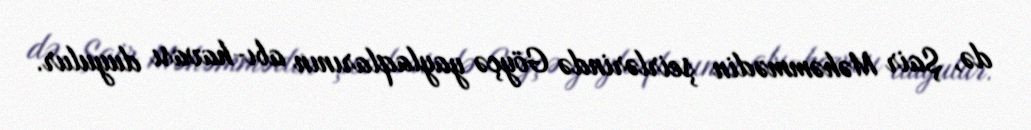
də, Şair Məhəmmədin şeirlərində Göyçə yaylaqlarının abı-havası duyulur.